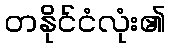
တနိုင်ငံလုံး၏